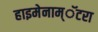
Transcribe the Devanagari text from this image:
हाइमेनाम्‌ॅटरा